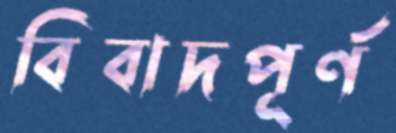
বিবাদপূর্ণ